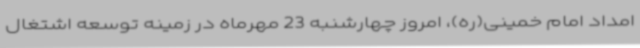
امداد امام خمینی(ره)، امروز چهارشنبه 23 مهرماه در زمینه توسعه اشتغال